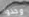
وجدوا